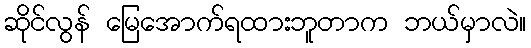
ဆိုင်လွန် မြေအောက်ရထားဘူတာက ဘယ်မှာလဲ။